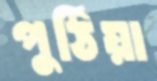
পুঠিয়া